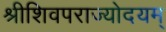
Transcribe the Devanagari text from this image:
श्रीशिवपराज्योदयम्